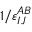
1 / \varepsilon _ { I J } ^ { A B }